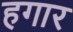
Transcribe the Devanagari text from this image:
हगार